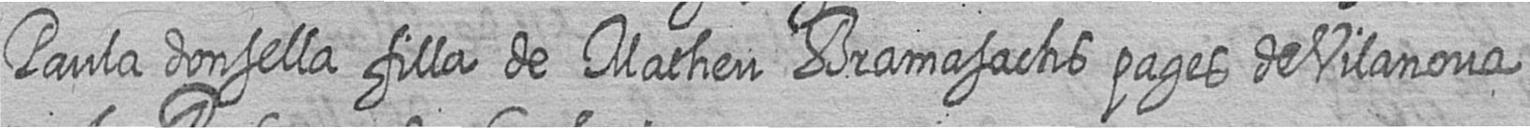
Paula donsella filla de Matheu Bramasachs pages de Vilanova